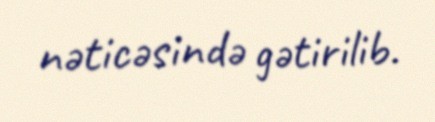
nəticəsində gətirilib.